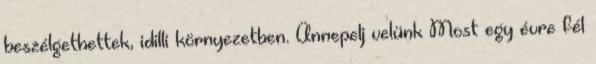
beszélgethettek, idilli környezetben. Ünnepelj velünk Most egy évre fél